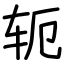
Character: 轭